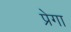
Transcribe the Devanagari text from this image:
प्रेगा